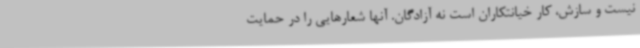
نیست و سازش، کار خیانتکاران است نه آزادگان. آنها شعارهایی را در حمایت